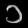
Digit: ၁